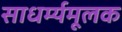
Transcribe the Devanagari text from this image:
साधर्म्यमूलक